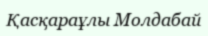
Қасқараұлы Молдабай